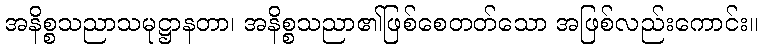
အနိစ္စသညာသမုဋ္ဌာနတာ၊ အနိစ္စသညာ၏ဖြစ်စေတတ်သော အဖြစ်လည်းကောင်း။